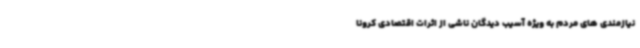
نیازمندی های مردم به ویژه آسیب دیدگان ناشی از اثرات اقتصادی کرونا